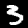
Digit: 3